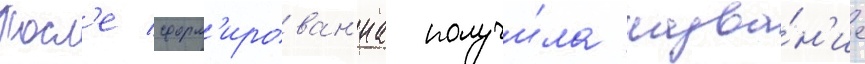
Посл'е сформ'ирован'иа получи́ла назва́н'ие